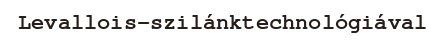
Levallois-szilánktechnológiával